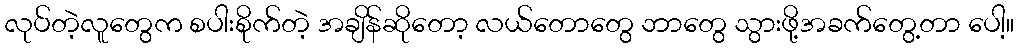
လုပ်တဲ့လူတွေက စပါးစိုက်တဲ့ အချိန်ဆိုတော့ လယ်တောတွေ ဘာတွေ သွားဖို့အခက်တွေ့တာ ပေါ့။